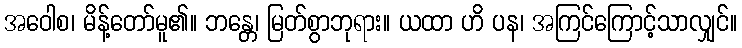
အဝေါစ၊ မိန့်တော်မူ၏။ ဘန္တေ၊ မြတ်စွာဘုရား။ ယထာ ဟိ ပန၊ အကြင်ကြောင့်သာလျှင်။